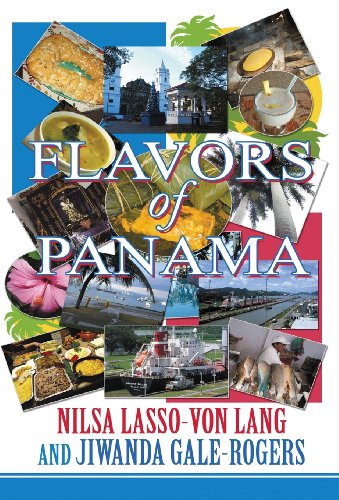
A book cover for Flavors of Panama; Nilsa Lasso Lang; Cookbooks, Food & Wine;